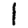
Digit: 1